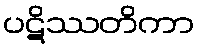
ပဋိဿတိကာ